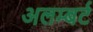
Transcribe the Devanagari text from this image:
अलम्बर्ट